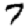
Digit: 7